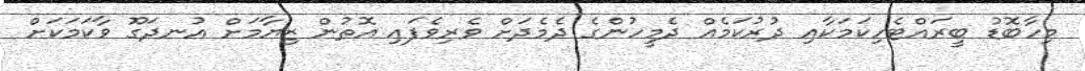
މިހާބޮޑު ބީރައްޓެހިކަމަކާއި ދުރުކަމެއް ދެމީހުންގެ ދެމެދަށް ވެރިވެފައި އޮތުން ޒިޔާމަށް އުނދަގޫ ވާކަމަކަށް